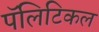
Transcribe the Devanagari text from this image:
पॅलिटिकल